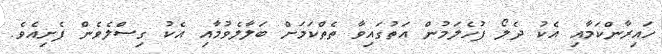
ހައިރާންކަމާއި އެކު ދެލޯ ފުހެލަމުން އަތުގައިވާ ތެތްކަމަށް ބަލާލެވުމާއި އެކު ގިސްލެވެން ފެށިއެވެ.